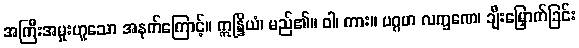
အကြီးအမှုးဟူသော အနက်ကြောင့်။ ဣန္ဒြိယံ၊ မည်၏။ ဝါ၊ ကား။ ပဂ္ဂဟ လက္ခဏေ၊ ချီးမြှောက်ခြင်း